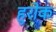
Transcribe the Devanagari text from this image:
हुरोक